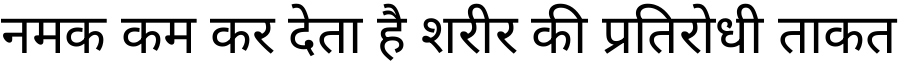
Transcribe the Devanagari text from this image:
नमक कम कर देता है शरीर की प्रतिरोधी ताकत